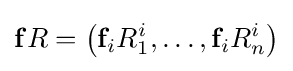
\mathbf {f} R=\left(\mathbf {f} _{i}R_{1}^{i},\dots ,\mathbf {f} _{i}R_{n}^{i}\right)